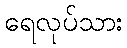
ရေလုပ်သား